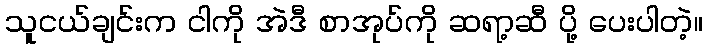
သူငယ်ချင်းက ငါကို အဲဒီ စာအုပ်ကို ဆရာ့ဆီ ပို့ ပေးပါတဲ့။